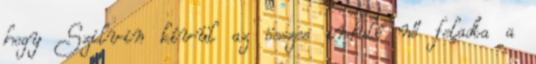
hogy Szilvin kívül az összes induló nő feladta a